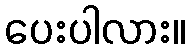
ပေးပါလား။